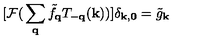
[ { \mathcal { F } } ( \mathrm { } \sum _ { { \bf { q } } } { \tilde { f } } _ { { \bf { q } } } T _ { - { \bf { q } } } ( { \bf { k } } ) \mathrm { } ) ] \mathrm { } \delta _ { { \bf { k } } , { \bf { 0 } } } = { \tilde { g } } _ { { \bf { k } } }